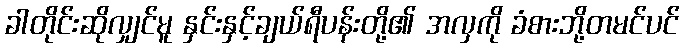
ခါတိုင်းဆိုလျှင်မူ နှင်းနှင့်ချယ်ရီပန်းတို့၏ အလှကို ခံစားဘို့တမင်ပင်